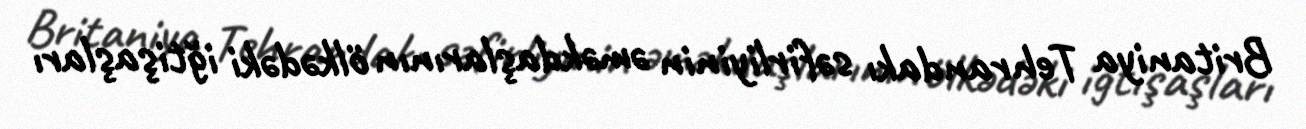
Britaniya Tehrandakı səfirliyinin əməkdaşlarının ölkədəki iğtişaşları